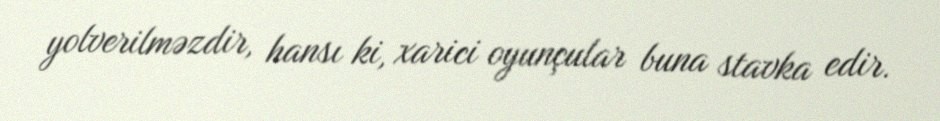
yolverilməzdir, hansı ki, xarici oyunçular buna stavka edir.